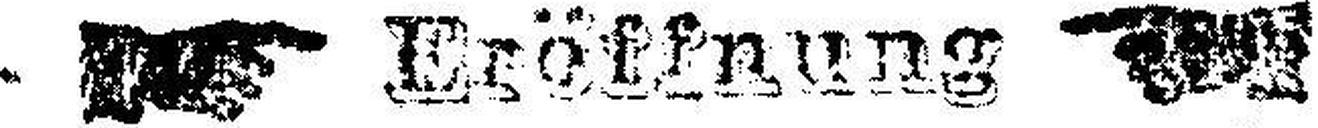
Eröffnung